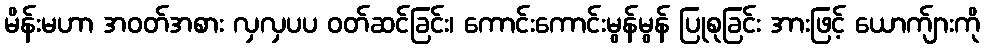
မိန်းမဟာ အဝတ်အစား လှလှပပ ဝတ်ဆင်ခြင်း၊ ကောင်းကောင်းမွန်မွန် ပြုစုခြင်း အားဖြင့် ယောက်ျားကို